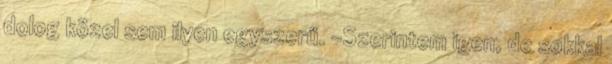
dolog közel sem ilyen egyszerű. -Szerintem igen, de sokkal